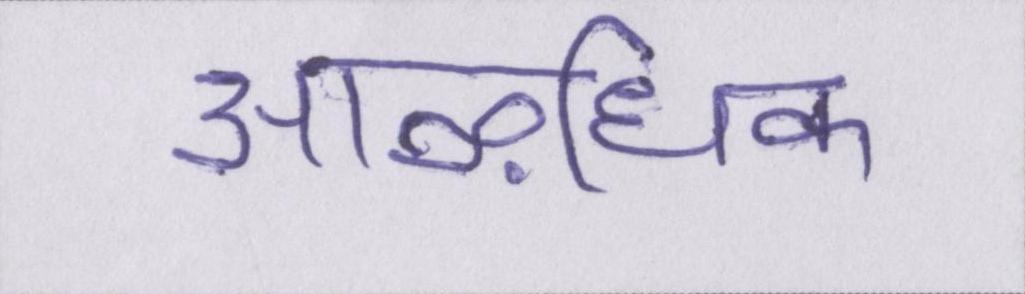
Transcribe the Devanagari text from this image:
आऴधिक